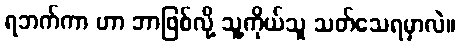
ရဘက်ကာ ဟာ ဘာဖြစ်လို့ သူ့ကိုယ်သူ သတ်သေရမှာလဲ။